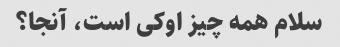
سلام همه چیز اوکی است، آنجا؟